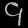
Digit: ၄